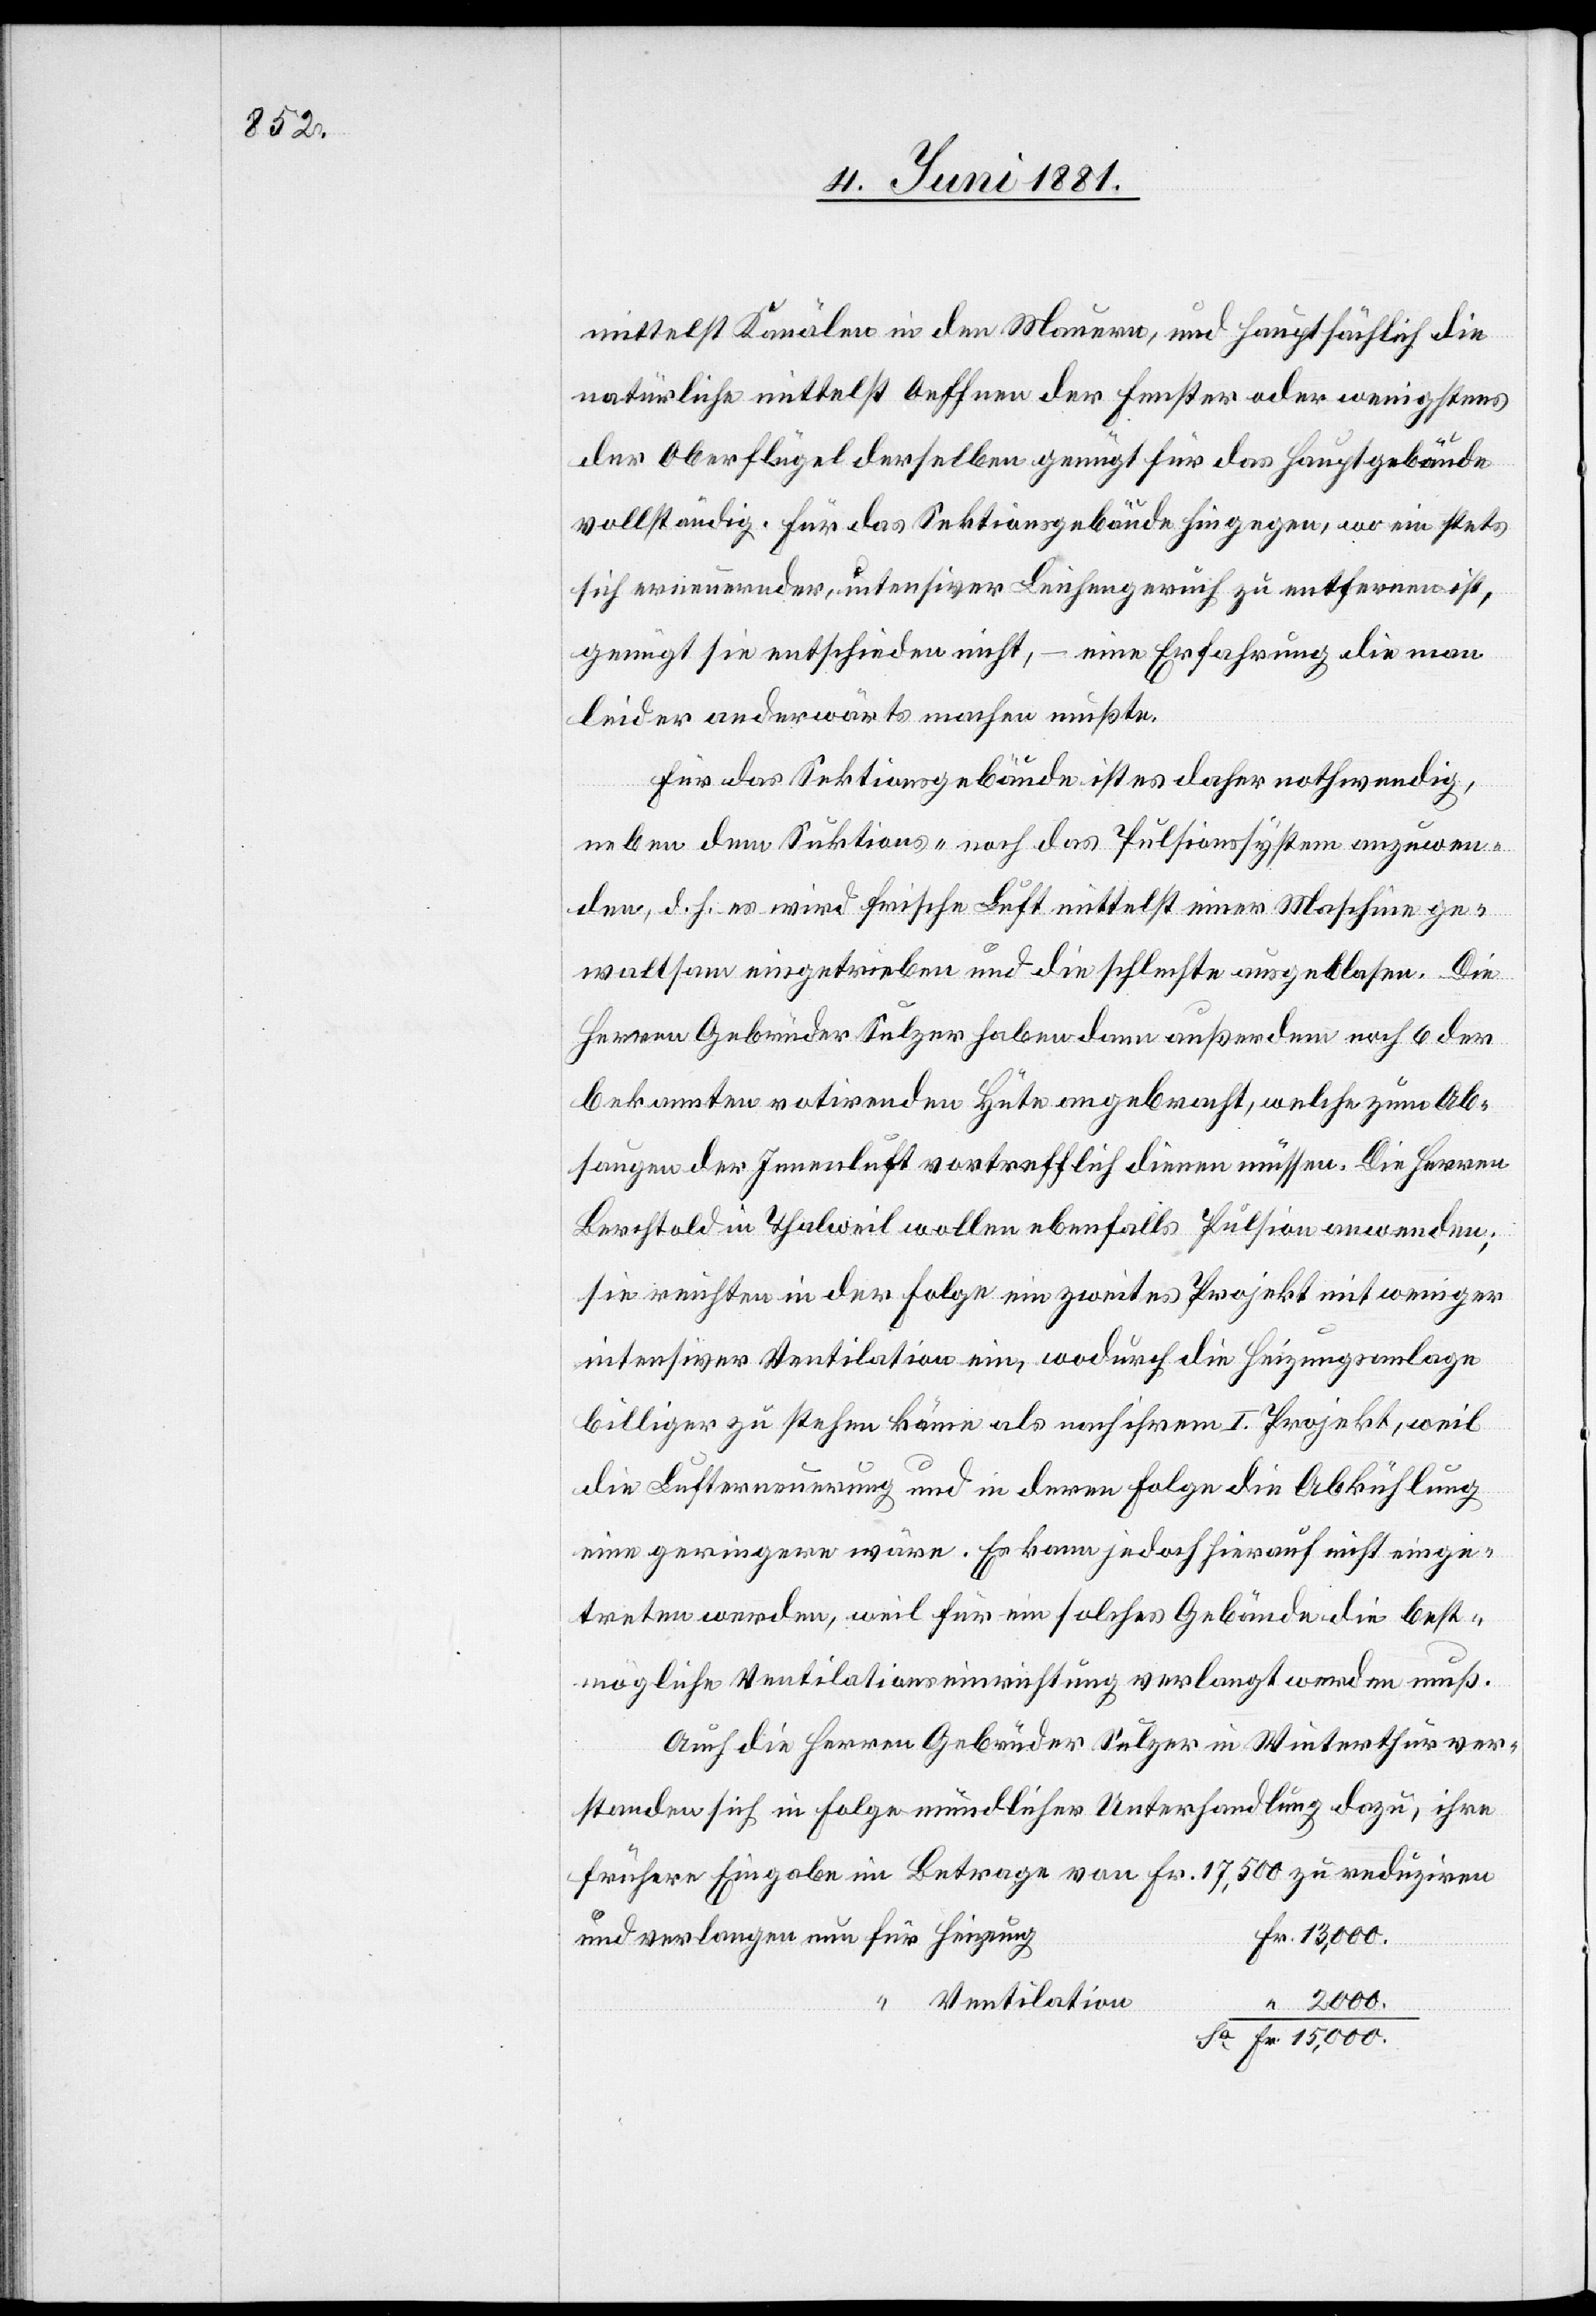
mittelst Kanälen in den Mauern, und hauptsächlich die
natürliche mittelst Oeffnen der Fenster oder wenigstens
der Oberflügel derselben genügt für das Hauptgebäude
vollständig. Für das Sektionsgebäude hingegen, wo ein stets
sich erneuender, intensiver Leichengeruch zu entfernen ist,
genügt sie entschieden nicht, – eine Erfahrung die man
leider anderwärts machen mußte.
Für das Sektionsgebäude ist es daher nothwendig,
neben dem Sektions- noch das Pulsionsystem anzuwen¬
den, d. h. es wird frische Luft mittelst einer Maschine ge¬
waltsam eingetrieben und die schlechte ausgeblasen. Die
Herren Gebrüder Sulzer haben dann außerdem noch 6 der
bekannten rotirenden Hüte angebracht, welche zum Ab¬
saugen der Innenluft vortrefflich dienen müssen. Die Herren
Berchtold in Thalweil wollen ebenfalls Pulsion anwenden;
sie reichten in der Folge ein zweites Projekt mit weniger
intensiver Ventilation ein, wodurch die Heizungsanlage
billiger zu stehen käme als nach ihrem I. Projekt, weil
die Lufterneuerung und in deren Folge die Abkühlung
eine geringere wäre. Es kann jedenfalls hierauf nicht einge¬
treten werden, weil für ein solches Gebäude die best¬
mögliche Ventilationseinrichtung verlangt werden muß.
Auch die Herren Gebrüder Sulzer in Winterthur ver¬
standen sich in Folge mündlicher Unterhandlungen dazu, ihre
frühere Eingabe im Betrage von Fr. 17,500 zu reduziren
Ventilation
2,000.